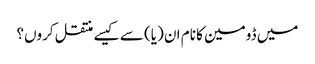
میں ڈومین کا نام ان (یا) سے کیسے منتقل کروں؟